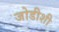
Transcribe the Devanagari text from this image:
जोडीशी